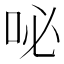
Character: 咇